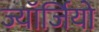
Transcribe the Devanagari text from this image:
ज्यॉर्जियो